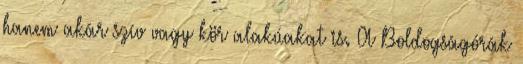
hanem akár szív vagy kör alakúakat is. A Boldogságórák